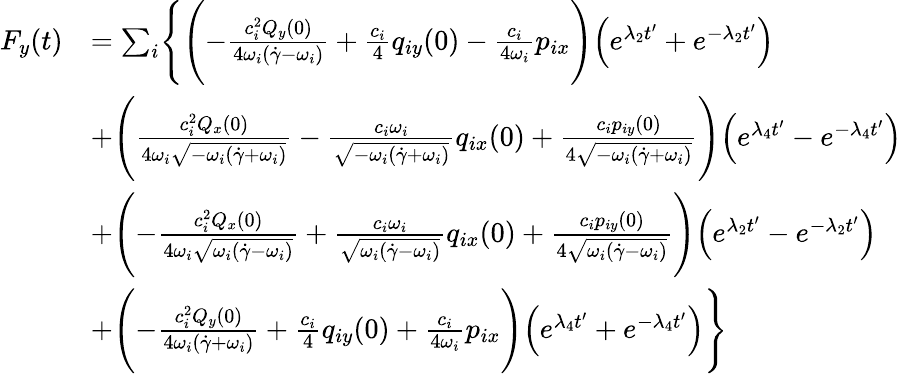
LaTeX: \begin{array}{rl}{F_{y}(t)}&{=\sum_{i}\Biggl\{ \Biggl(-\frac{c_{i}^{2}Q_{y}(0)}{4\omega_{i}(\dot{\gamma}-\omega_{i})}+\frac{c_{i}}{4}q_{iy}(0)-\frac{c_{i}}{4\omega_{i}}p_{ix}\Biggr)\Bigl(e^{\lambda_{2}t^{\prime}}+e^{-\lambda_{2}t^{\prime}}\Bigr)}\\ &{+\Biggl(\frac{c_{i}^{2}Q_{x}(0)}{4\omega_{i}\sqrt{-\omega_{i}(\dot{\gamma}+\omega_{i})}}-\frac{c_{i}\omega_{i}}{\sqrt{-\omega_{i}(\dot{\gamma}+\omega_{i})}}q_{ix}(0)+\frac{c_{i}p_{iy}(0)}{4\sqrt{-\omega_{i}(\dot{\gamma}+\omega_{i})}}\Biggr)\Bigl(e^{\lambda_{4}t^{\prime}}-e^{-\lambda_{4}t^{\prime}}\Bigr)}\\ &{+\Biggl(-\frac{c_{i}^{2}Q_{x}(0)}{4\omega_{i}\sqrt{\omega_{i}(\dot{\gamma}-\omega_{i})}}+\frac{c_{i}\omega_{i}}{\sqrt{\omega_{i}(\dot{\gamma}-\omega_{i})}}q_{ix}(0)+\frac{c_{i}p_{iy}(0)}{4\sqrt{\omega_{i}(\dot{\gamma}-\omega_{i})}}\Biggr)\Bigl(e^{\lambda_{2}t^{\prime}}-e^{-\lambda_{2}t^{\prime}}\Bigr)}\\ &{+\Biggl(-\frac{c_{i}^{2}Q_{y}(0)}{4\omega_{i}(\dot{\gamma}+\omega_{i})}+\frac{c_{i}}{4}q_{iy}(0)+\frac{c_{i}}{4\omega_{i}}p_{ix}\Biggr)\Bigl(e^{\lambda_{4}t^{\prime}}+e^{-\lambda_{4}t^{\prime}}\Bigr)\Biggr\} }\end{array}